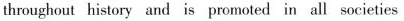
throughout history and is promoted in all societies